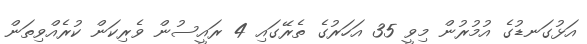
އަޅުގަނޑުގެ އުމުރުން މިވީ 35 އަހަރުގެ ތެރޭގައި 4 ރައީސުން ވެރިކަން ކުރެއްވިތަން